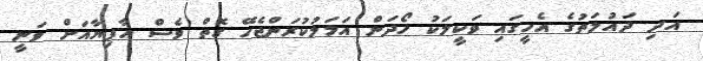
އަދި ދައުލަތުގެ އެހީގައި ވަކީލަކު ހޯދަން އަމަލުކުރަންޖެހޭ ގޮތް ވެސް އާފިޔާއަށް ވަނީ